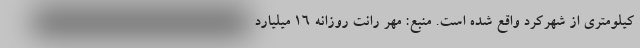
کیلومتری از شهرکرد واقع شده است. منبع: مهر رانت روزانه ۱۶ میلیارد